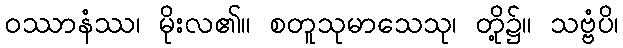
ဝဿာနံဿ၊ မိုးလ၏။ စတူသုမာသေသု၊ တို့၌။ သဗ္ဗံပိ၊